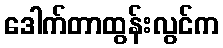
ဒေါက်တာထွန်းလွင်က